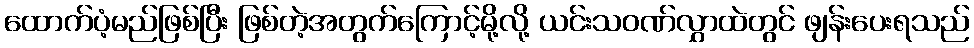
ထောက်ပံ့မည်ဖြစ်ပြီး ဖြစ်တဲ့အတွက်ကြောင့်မို့လို့ ယင်းသဝဏ်လွှာထဲတွင် ဖျန်းပေးရသည်